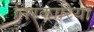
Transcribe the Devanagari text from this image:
निरंकारियों